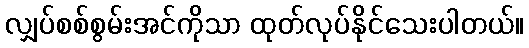
လျှပ်စစ်စွမ်းအင်ကိုသာ ထုတ်လုပ်နိုင်သေးပါတယ်။